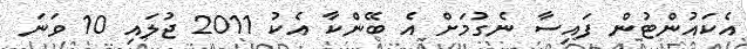
އެކައުންޓުން ފައިސާ ނެގުމަށް އެ ބޭންކާ އެކު 2011 ޖުލައި 10 ވަނަ